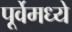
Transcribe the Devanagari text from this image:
पूर्वेमध्ये